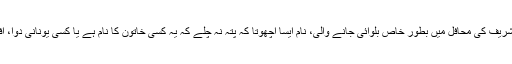
عبادت گذار، محلے میں میلاد شریف کی محافل میں بطور خاص بلوائی جانے والی، نام ایسا اچھوتا کہ پتہ نہ چلے کہ یہ کسی خاتون کا نام ہے یا کسی یونانی دوا، افریقی دریا یا انڈونیشیائی بلا کا۔